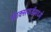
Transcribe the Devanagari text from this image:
ऑक्सफर्डमध्ये